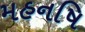
મહનષિ